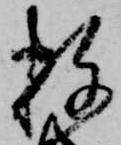
数